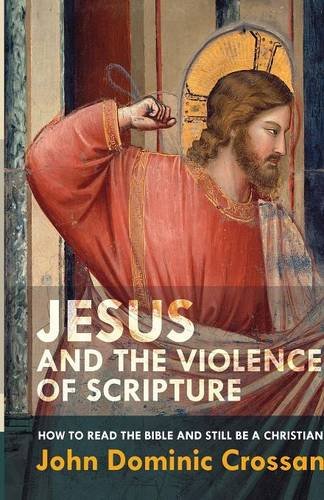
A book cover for Jesus and the Violence of Scripture: How to Read the Bible and Still be a Christian; John Dominic Crossan; Religion & Spirituality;